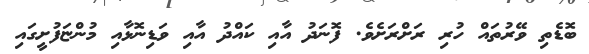
ބޮޑެތި ވޭރުތައް ހުރި ރަށްރަށެވެ. ފޮނަދު އާއި ކައްދު އާއި ވަޑިނޮޅާއި މުންޏަފުށީގައި